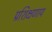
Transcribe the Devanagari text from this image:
प्रशिक्षणाय